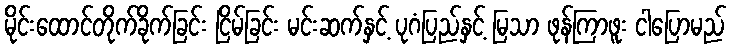
မိုင်းထောင်တိုက်ခိုက်ခြင်း ငြိမ်ခြင်း မင်းဆက်နှင့် ပုဂံပြည်နှင့် မြသာ ဖုန်ကြာဖူး ငါပြောမည်